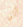
آلن